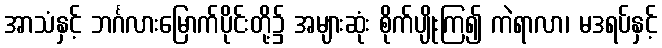
အာသံနှင့် ဘင်္ဂလားမြောက်ပိုင်းတို့၌ အများဆုံး စိုက်ပျိုးကြ၍ ကဲရာလာ၊ မဒရပ်နှင့်